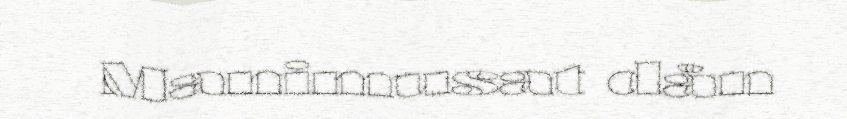
Manimusat dån